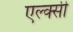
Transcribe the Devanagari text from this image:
एल्क्सी